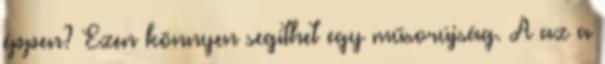
éppen? Ezen könnyen segíthet egy műsorújság. A az a